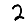
Digit: 2